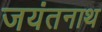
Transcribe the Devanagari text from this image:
जयंतनाथ